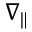
\nabla _ { \| }